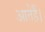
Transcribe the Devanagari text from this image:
आतेहैं।